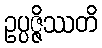
ဥပ္ပဇ္ဇိဿတိ